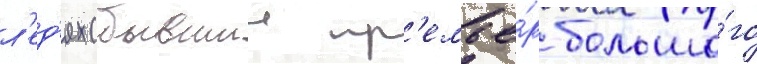
л'ед'ях (бывшии пр'емье́р большо́го